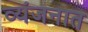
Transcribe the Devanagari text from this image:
व्यंजनात